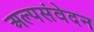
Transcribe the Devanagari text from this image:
अल्पसंवेदन